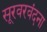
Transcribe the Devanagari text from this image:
सूरवरवंदना